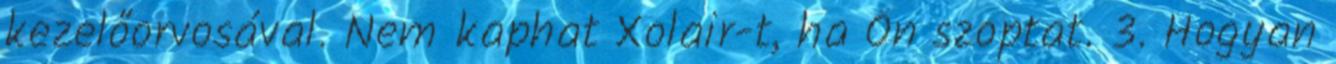
kezelőorvosával. Nem kaphat Xolair-t, ha Ön szoptat. 3. Hogyan